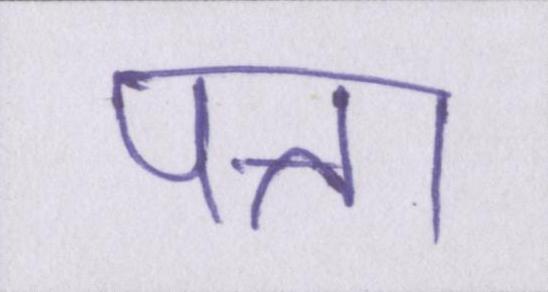
पत्ता